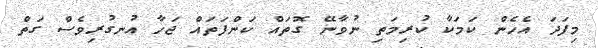
މިފަދަ އެހެން ކަމަކާ ކުރިމަތި ނުވާނޭ ގޮތައް ކަންފަތައް ޖަހާ އުނގުރިވެސް ގަތް